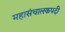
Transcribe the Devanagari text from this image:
महासंचालकपदी